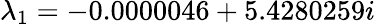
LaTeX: \lambda_{1}=-0.0000046+5.4280259i